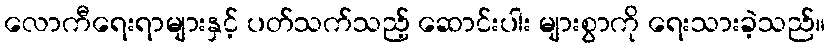
လောကီရေးရာများနှင့် ပတ်သက်သည့် ဆောင်းပါး များစွာကို ရေးသားခဲ့သည်။